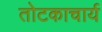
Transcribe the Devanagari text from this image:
तोटकाचार्य